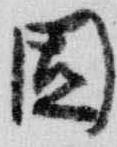
固